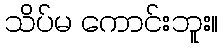
သိပ်မ ကောင်းဘူး။